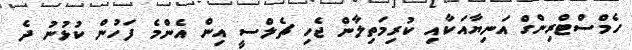
ހެމްސްޓްރިންގް އަނިޔާއަކާއި ކުރިމަތިލާން ޖެހި ޗެލްސީ އިން އެންމެ ފަހުން ކުޅުނު ދެ